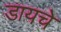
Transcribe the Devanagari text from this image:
डायचे